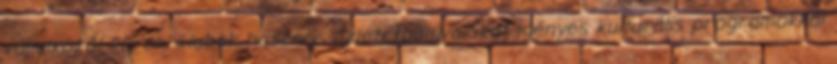
vállalkozói körök, klubok hasznos üzleti tudnivalókat igényes kulturális programokkal